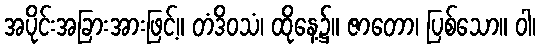
အပိုင်းအခြားအားဖြင့်။ တံဒိဝသံ၊ ထိုနေ့၌။ ဇာတော၊ ပြစ်သော။ ဝါ၊